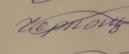
Signature authenticity: forged